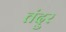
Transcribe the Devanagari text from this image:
तंदुर